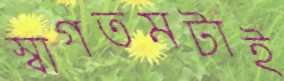
স্বাগতমটাই